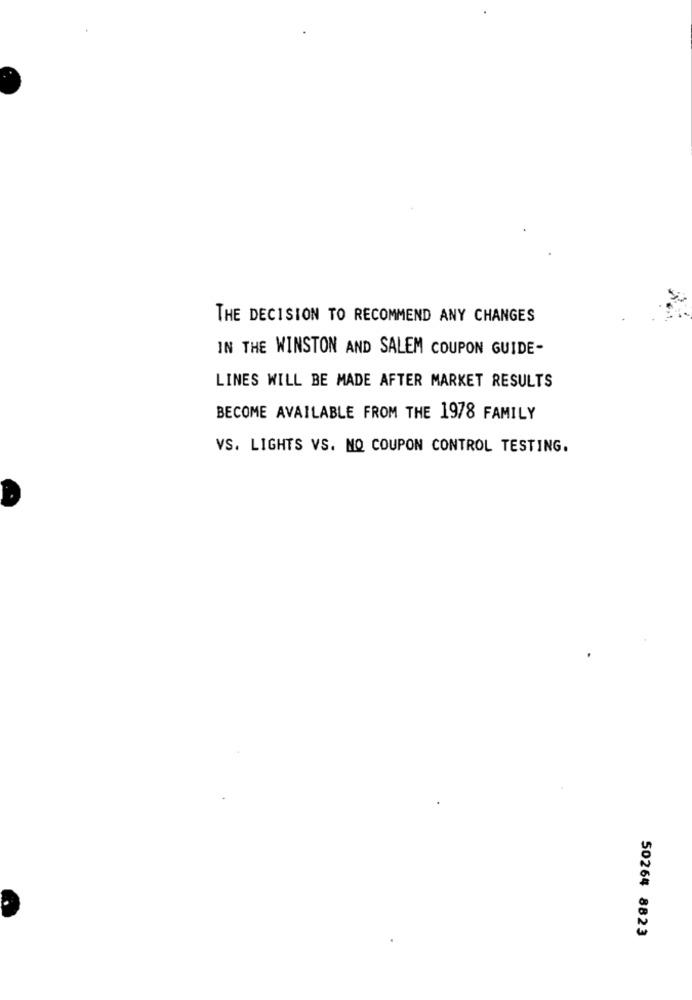
THE DECISION TO RECOMMEND ANY CHANGES
IN THE WINSTON AND SALEM COUPON GUIDE-
LINES WILL BE MADE AFTER MARKET RESULTS
BECOME AVAILABLE FROM THE 1978 FAMILY
VS. LIGHTS VS. NO COUPON CONTROL TESTING.
50264 8823